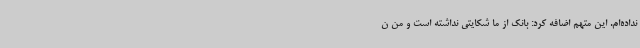
نداده‌ام. این متهم اضافه کرد: بانک از ما شکایتی نداشته است و من ن